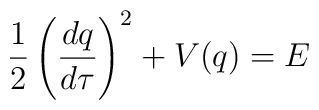
\frac{1}{2} \left(\frac{dq}{d\tau}\right)^2 + V(q) = E